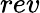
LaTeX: rev